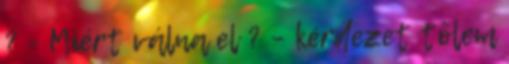
? - Miért válna el ? – kérdezet tőlem